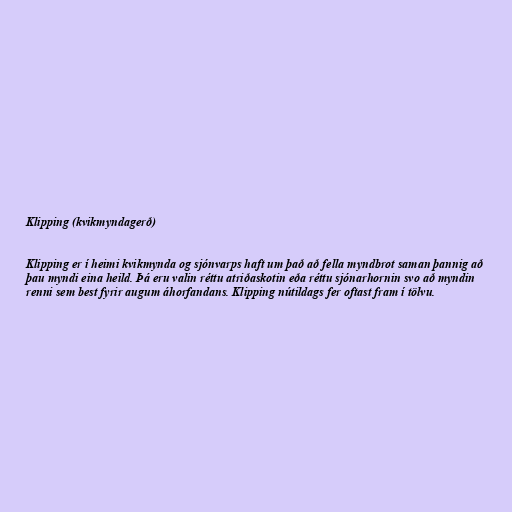
Klipping (kvikmyndagerð)

Klipping er í heimi kvikmynda og sjónvarps haft um það að fella myndbrot saman þannig að
þau myndi eina heild. Þá eru valin réttu atriðaskotin eða réttu sjónarhornin svo að myndin
renni sem best fyrir augum áhorfandans. Klipping nútildags fer oftast fram í tölvu.